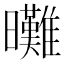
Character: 𣌖